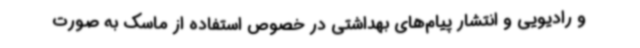
و رادیویی و انتشار پیام‌های بهداشتی در خصوص استفاده از ماسک به صورت